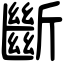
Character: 斷